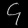
Digit: ၄